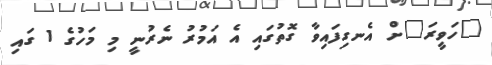
"ހަވީރަ"ށް އެނގިފައިވާ ގޮތުގައި އެ އަމުރު ނެރުނީ މި މަހުގެ 1 ގައި